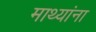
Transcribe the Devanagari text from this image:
माथ्यांना